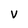
Character: V